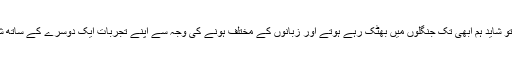
سائنس نہ ہوتی تو شاید ہم ابھی تک جنگلوں میں بھٹک رہے ہوتے اور زبانوں کے مختلف ہونے کی وجہ سے اپنے تجربات ایک دوسرے کے ساتھ شیئر نہ کرپاتے۔